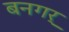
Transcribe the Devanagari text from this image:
बनगर्